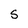
Character: S